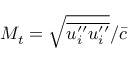
M _ { t } = \sqrt { \overline { { { u } _ { i } ^ { \prime \prime } { u } _ { i } ^ { \prime \prime } } } } / \bar { c }